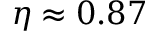
\eta \approx 0 . 8 7